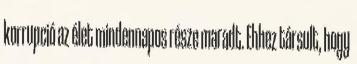
korrupció az élet mindennapos része maradt. Ehhez társult, hogy